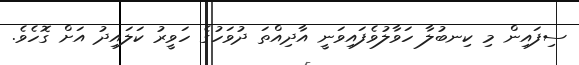
ސިފައިން މި ކިނބުލާ ހަވާލުވެފައިވަނީ އާދިއްތަ ދުވަހުގެ ހަވީރު ކަލައިދު އަށް ގޮހެވެ.